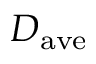
D _ { \mathrm { a v e } }